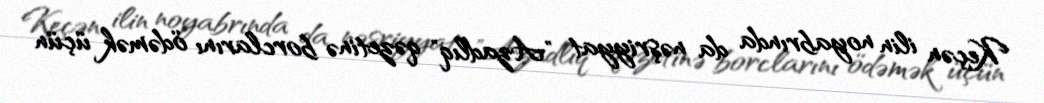
Keçən ilin noyabrında da nəşriyyat "Azadlıq" qəzetinə borclarını ödəmək üçün